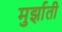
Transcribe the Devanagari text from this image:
मुर्झाती